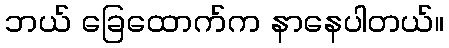
ဘယ် ခြေထောက်က နာနေပါတယ်။